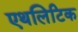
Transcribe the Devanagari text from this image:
एथलिटिक